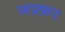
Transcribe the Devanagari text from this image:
जफ़्फ़र